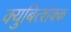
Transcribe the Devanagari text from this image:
क्युबित्शेक्क